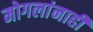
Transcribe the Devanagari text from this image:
मोगलांनाही